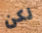
لكن